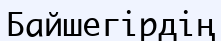
Байшегірдің